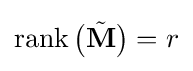
\operatorname {rank} {\bigl (}{\tilde {\mathbf {M} }}{\bigr )}=r